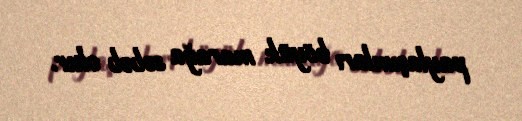
paylaşımları böyük marağa səbəb olur.